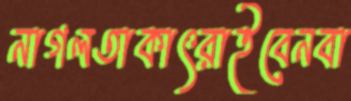
নাগলতাকাৎরাইবেনবা